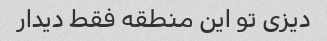
دیزی تو این منطقه فقط دیدار